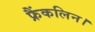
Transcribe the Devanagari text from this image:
फ्रैंकलिन।